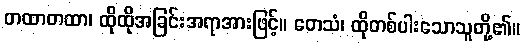
တထာတထာ၊ ထိုထိုအခြင်းအရာအားဖြင့်။ တေသံ၊ ထိုတစ်ပါးသောသူတို့၏။